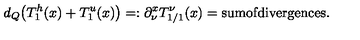
d _ { Q } \big ( T _ { 1 } ^ { h } ( x ) + T _ { 1 } ^ { u } ( x ) \big ) = : \partial _ { \nu } ^ { x } T _ { 1 / 1 } ^ { \nu } ( x ) = \mathrm { s u m o f d i v e r g e n c e s } .